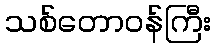
သစ်တောဝန်ကြီး